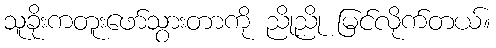
သူခိုးကတူးဖော်သွားတာကို ညိုညို မြင်လိုက်တယ်။